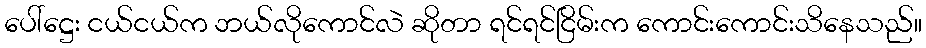
ပေါ်ဋ္ဌေး ငယ်ငယ်က ဘယ်လိုကောင်လဲ ဆိုတာ ရင်ရင်ငြိမ်းက ကောင်းကောင်းသိနေသည်။